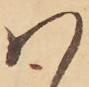
ハ